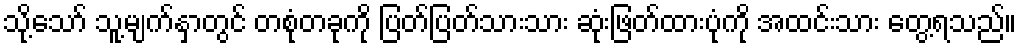
သို့သော် သူ့မျက်နှာတွင် တစုံတခုကို ပြတ်ပြတ်သားသား ဆုံးဖြတ်ထားပုံကို အထင်းသား တွေ့ရသည်။